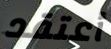
أعتقد